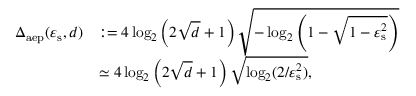
\begin{array} { r l } { \Delta _ { \mathrm { a e p } } ( \varepsilon _ { \mathrm { s } } , d ) } & { : = 4 \log _ { 2 } \left( 2 \sqrt { d } + 1 \right) \sqrt { - \log _ { 2 } \left( 1 - \sqrt { 1 - \varepsilon _ { \mathrm { s } } ^ { 2 } } \right) } } \\ & { \simeq 4 \log _ { 2 } \left( 2 \sqrt { d } + 1 \right) \sqrt { \log _ { 2 } ( 2 / \varepsilon _ { \mathrm { s } } ^ { 2 } ) } , } \end{array}